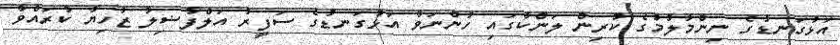
އަޅުގަނޑުގެ ނިންމާލުމުގެ ކުރިން ލަންކާގައި ހުންނަވާ އަޅުގަނޑުގެ ސަފީރު އަލްފާޟިލާ ޒާހިޔާ ކުރައްވާ